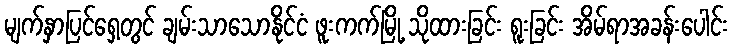
မျက်နှာပြင်ရှေ့တွင် ချမ်းသာသောနိုင်ငံ ဖူးကက်မြို့ သိုထားခြင်း ရူးခြင်း အိမ်ရာအခန်းပေါင်း